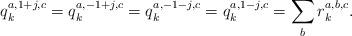
LaTeX: \begin{align*}&q_k^{a,1 + j,c} = q_k^{a, - 1 + j,c} = q_k^{a, - 1 - j,c} = q_k^{a,1 - j,c} = \sum\limits_b {r_k^{a,b,c} }.\end{align*}